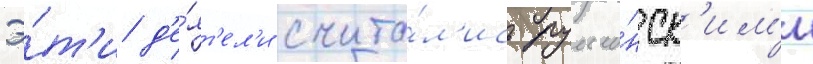
Э́т'и д'е́ят'ел'и счита́л'ись румы́нск'им'и